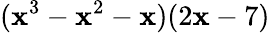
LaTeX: (\mathbf{x}^{3}-\mathbf{x}^{2}-\mathbf{x})(2\mathbf{x}-7)